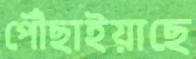
পৌঁছাইয়াছে